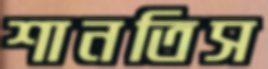
শানতিস